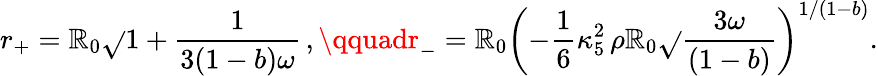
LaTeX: r_{+}=\mathbb{R}_{0}\sqrt{}{{1+\frac{{1}}{{3(1-b)\omega}}}}\, ,\qquadr_{-}=\mathbb{R}_{0}\left(-\frac{{1}}{{6}}\kappa_{5}^{2}\, \rho\mathbb{R}_{0}\sqrt{}{{\frac{{3\omega}}{{(1-b)}}}}\right)^{1/(1-b)}.